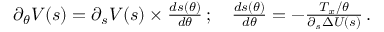
\begin{array} { r } { \partial _ { \theta } V ( s ) = \partial _ { s } V ( s ) \times \frac { d s ( \theta ) } { d \theta } \, ; \quad \frac { d s ( \theta ) } { d \theta } = - \frac { T _ { x } / \theta } { \partial _ { s } \Delta U ( s ) } \, . } \end{array}